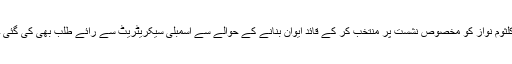
کلثوم نواز کو مخصوص نشست پر منتخب کر کے قائد ایوان بنانے کے حوالے سے اسمبلی سیکریٹریٹ سے رائے طلب بھی کی گئی ۔